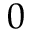
0